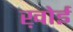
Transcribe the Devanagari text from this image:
ख़ोई